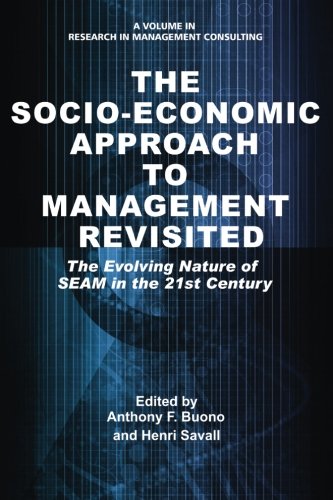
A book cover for The Socio-Economic Approach to Management Revisited: The Evolving Nature of SEAM in the 21st Century (Research in Management Consulting); Business & Money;